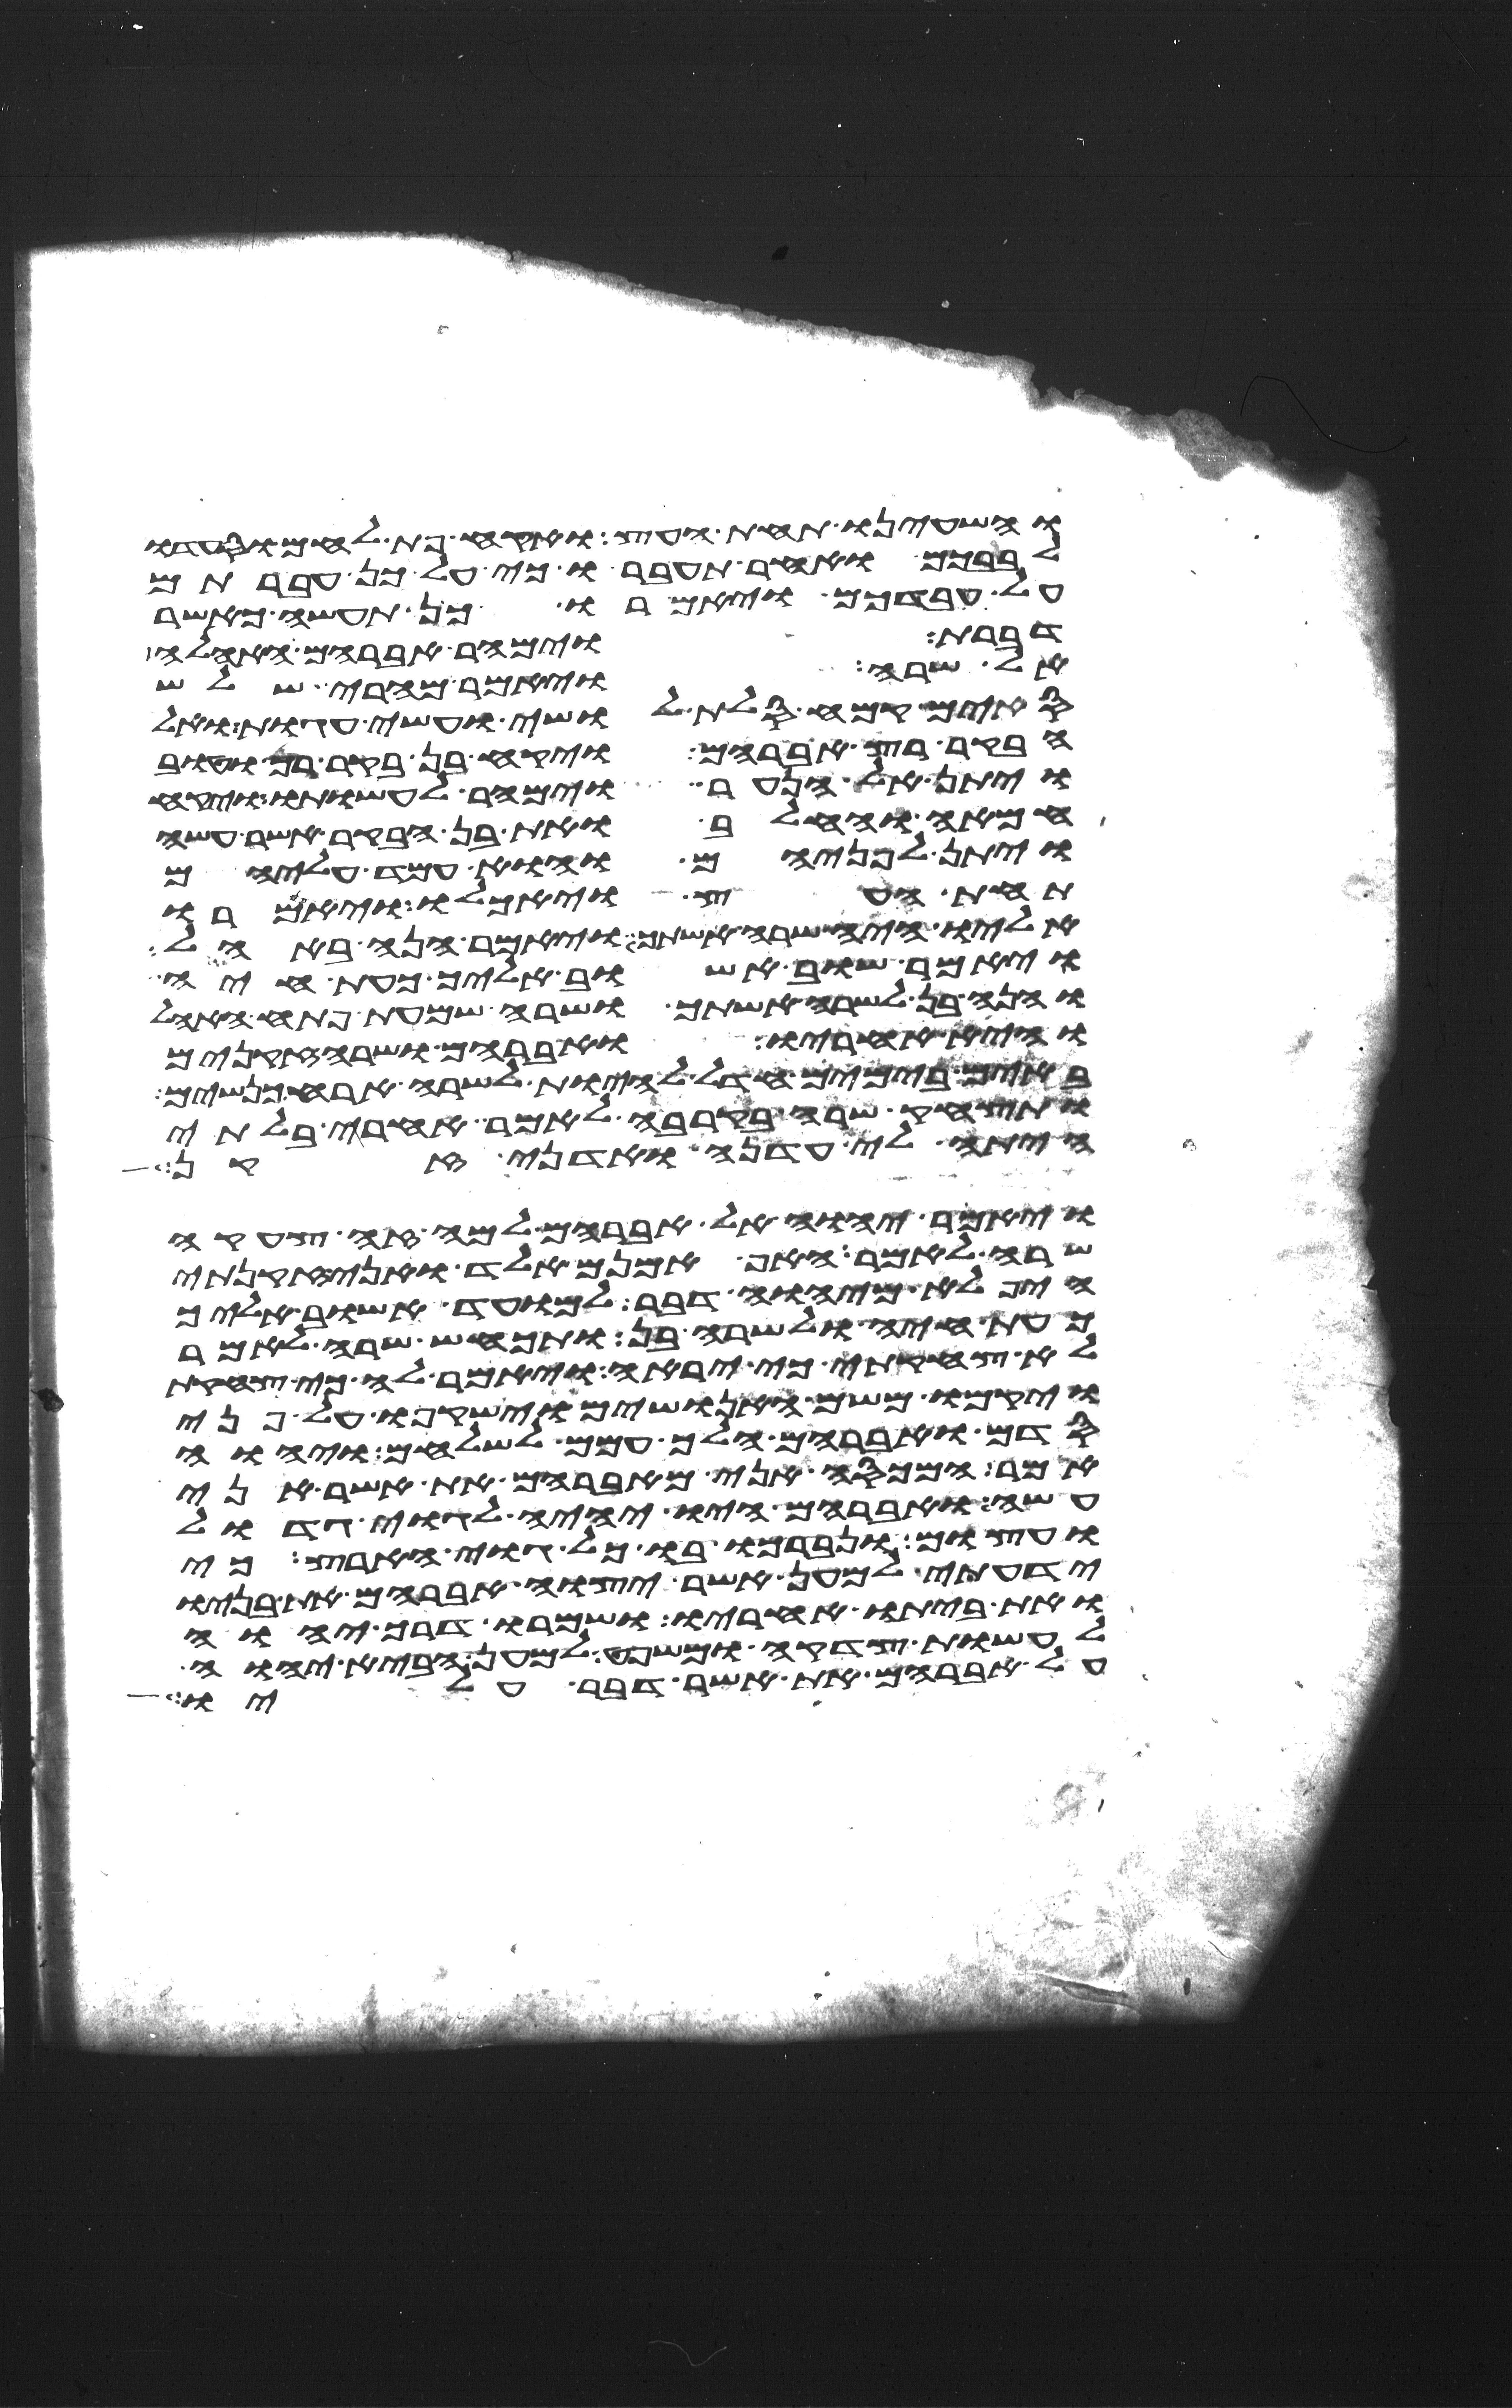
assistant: והשעינו תחת העץ ואקח פת לחם וסעדו
לבבכם ואחר תעברו כי על כן עברתם
על עבדכם ויאמרו כן תעשה כאשר
דברת וימהר אברהם האהלה
אל שרה ויאמר מהרי שלש
סים קמח סלת לושי ועשה עגות ואל
הבקר רץ אברהם ויקח בן בקר רך וטוב
ויתן אל הנער וימהר לעשותו ויקח
חמאה וחלב ואת בן הבקר אשר עשה
ויתן לפניהם והוא עמד עליהם
תחת העץ ויאכלו ויאמרו
אליו איה שרה אשתך ויאמר הנה באהל
ויאמר שוב אשוב אליך כעת חיה
והנה בן לשרה אשתך ושרה שמעת פתח האהל
והיא אחריו ואברהם ושרה זקנים
באים בימים חדל להיות לשרה ארח כנשים
ותצחק שרה בקרבה לאמר אחרי בלתי
היתה לי עדנה ואדני זקן
ויאמר יהוה אל אברהם למה זה צחקה
שרה לאמר האף אמנם אלד ואני זקנתי
היפלא מיהוה דבר למועד אשוב אליך
כעת חיה ולשרה בן ותכחש שרה לאמר
לא צחקתי כי יראה ויאמר לה כי צחקת
ויקמו משם האנושים וישקפו על פני
סדם ואברהם הלך עמם לשלחם ויהוה
אמר המכסה אני מאברהם את אשר אני
עשה ואברהם היו יהיה לגוי גדול
ועצום ונברכו בו כל גוי הארץ כי
ידעתי למען אשר יצוה אברהם את בניו
ואת ביתו אחריו ושמרו דרך יהוה
לעשות צדקה ומשפט למען הביא יהוה
על אברהם את אשר דבר עליו